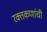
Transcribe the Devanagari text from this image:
रक्तकणांची